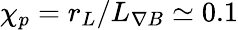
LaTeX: \chi_{p}=r_{L}/L_{\nabla B}\simeq 0.1